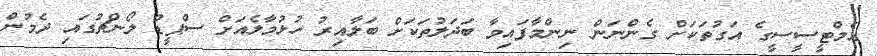
އެމްޓީސީސީގެ އަގުތަކަށް ގެންނަން ނިންމާފައިވާ ބަދަލުތަކަށް ބަލާއިރު ހުޅުމާލެއަށް ސްޕީޑް ލޯންޗުގައި ދެމުން